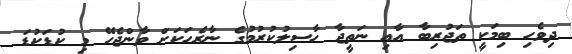
ދިވެހި ބިމަކީ ތަޖުރިބާ އާއި ނަތީޖާ ހާސިލުކުރުމުގެ ނާރެހަކަށް ވާންޖެހޭ މި ކުޑަކުޑަ